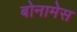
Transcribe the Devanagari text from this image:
बोनामेस